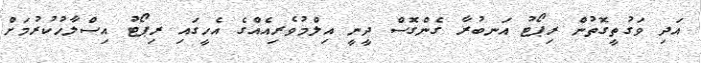
އަދި ވަގުތީގޮތުން ރިޕޯޓު އަނބުރާ ގެންގޮސް ދީނީ އިލްމުވެރިއެއްގެ އެހީގައި ރިޕޯޓު އިސްލާހުކުރުމަށް